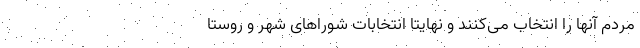
مردم آنها را انتخاب می‌کنند و نهایتا انتخابات شوراهای شهر و روستا